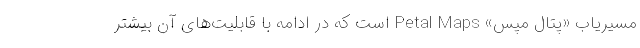
مسیریاب «پتال مپس» Petal Maps است که در ادامه با قابلیت‌های آن بیشتر